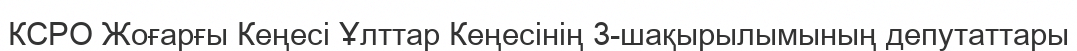
КСРО Жоғарғы Кеңесі Ұлттар Кеңесінің 3-шақырылымының депутаттары